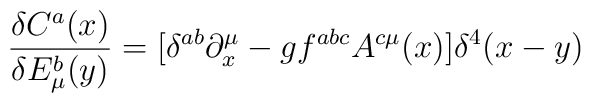
\frac{\delta C^a(x)}{\delta E_\mu ^b(y)}=[\delta ^{ab}\partial _x^\mu-gf^{abc}A^{c\mu }(x)]\delta ^4(x-y)